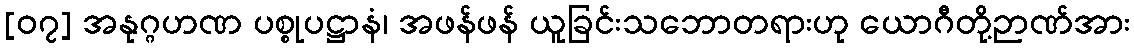
[၀၇] အနုဂ္ဂဟဏ ပစ္စုပဋ္ဌာနံ၊ အဖန်ဖန် ယူခြင်းသဘောတရားဟု ယောဂီတို့ဉာဏ်အား